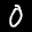
Label: 0